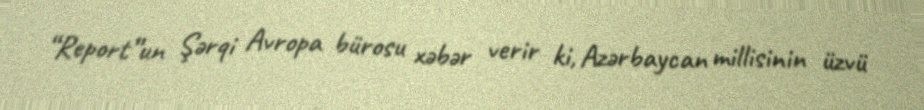
“Report”un Şərqi Avropa bürosu xəbər verir ki, Azərbaycan millisinin üzvü